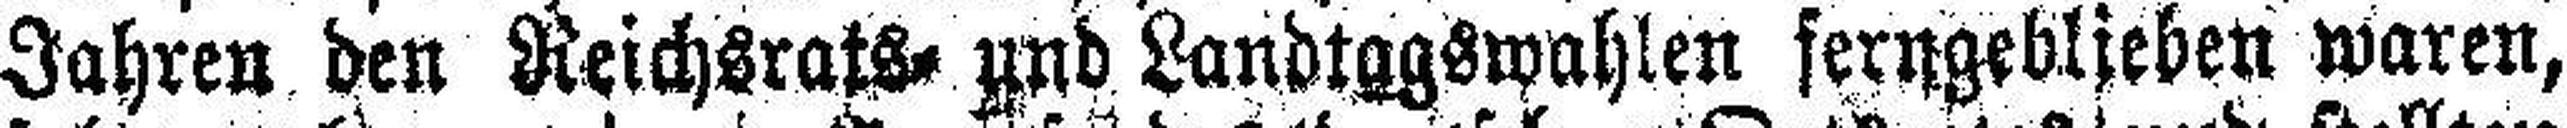
Jahren den Reichsrats= und Landtagswahlen ferngeblieben waren,